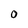
Character: 0